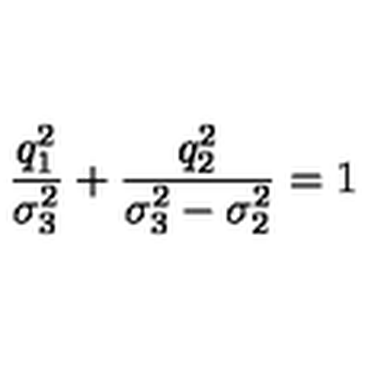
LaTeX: \frac { q _ { 1 } ^ { 2 } } { \sigma _ { 3 } ^ { 2 } } + \frac { q _ { 2 } ^ { 2 } } { \sigma _ { 3 } ^ { 2 } - \sigma _ { 2 } ^ { 2 } } = 1